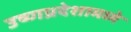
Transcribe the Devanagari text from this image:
उष्णप्रदेशामध्ये